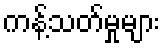
ကန့်သတ်မှုများ